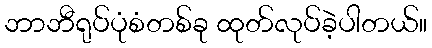
ဘာဘီရုပ်ပုံစံတစ်ခု ထုတ်လုပ်ခဲ့ပါတယ်။